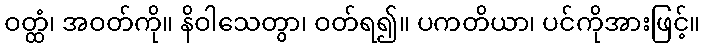
ဝတ္ထံ၊ အဝတ်ကို။ နိဝါသေတွာ၊ ဝတ်ရ၍။ ပကတိယာ၊ ပင်ကိုအားဖြင့်။